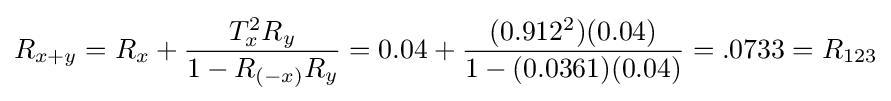
R_{x+y}=R_{x}+{\frac {T_{x}^{2}R_{y}}{1-R_{(-x)}R_{y}}}=0.04+{\frac {(0.912^{2})(0.04)}{1-(0.0361)(0.04)}}=.0733=R_{123}